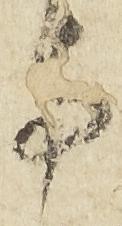
寺